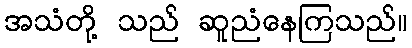
အသံတို့ သည် ဆူညံနေကြသည်။